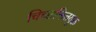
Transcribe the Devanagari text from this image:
चिच्छक्तितयुक्त